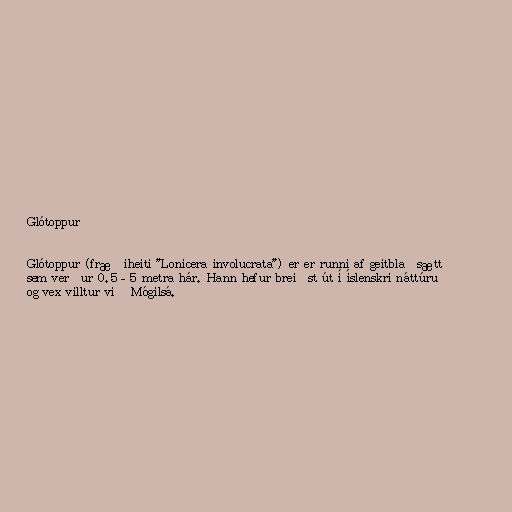
Glótoppur

Glótoppur (fræðiheiti "Lonicera involucrata") er er runni af geitblaðsætt
sem verður 0.5–5 metra hár. Hann hefur breiðst út í íslenskri náttúru
og vex villtur við Mógilsá.